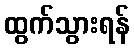
ထွက်သွားရန်